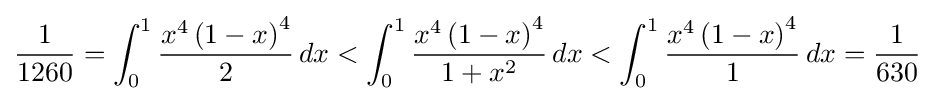
{\frac {1}{1260}}=\int _{0}^{1}{\frac {x^{4}\left(1-x\right)^{4}}{2}}\,dx<\int _{0}^{1}{\frac {x^{4}\left(1-x\right)^{4}}{1+x^{2}}}\,dx<\int _{0}^{1}{\frac {x^{4}\left(1-x\right)^{4}}{1}}\,dx={1 \over 630}